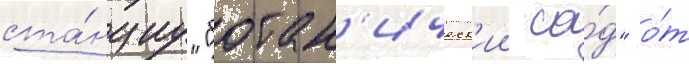
ста́нциу "ботан'ическ'ии са́д" о́т